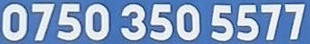
0750 350 5577